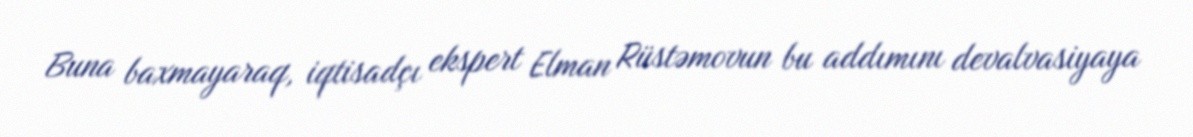
Buna baxmayaraq, iqtisadçı ekspert Elman Rüstəmovun bu addımını devalvasiyaya